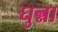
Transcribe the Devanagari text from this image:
घुन्ना